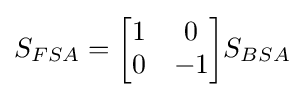
S_{FSA}={\begin{bmatrix}1&0\\0&-1\end{bmatrix}}S_{BSA}